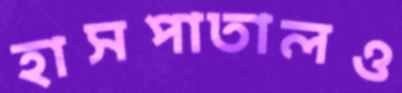
হাসপাতালও